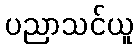
ပညာသင်ယူ